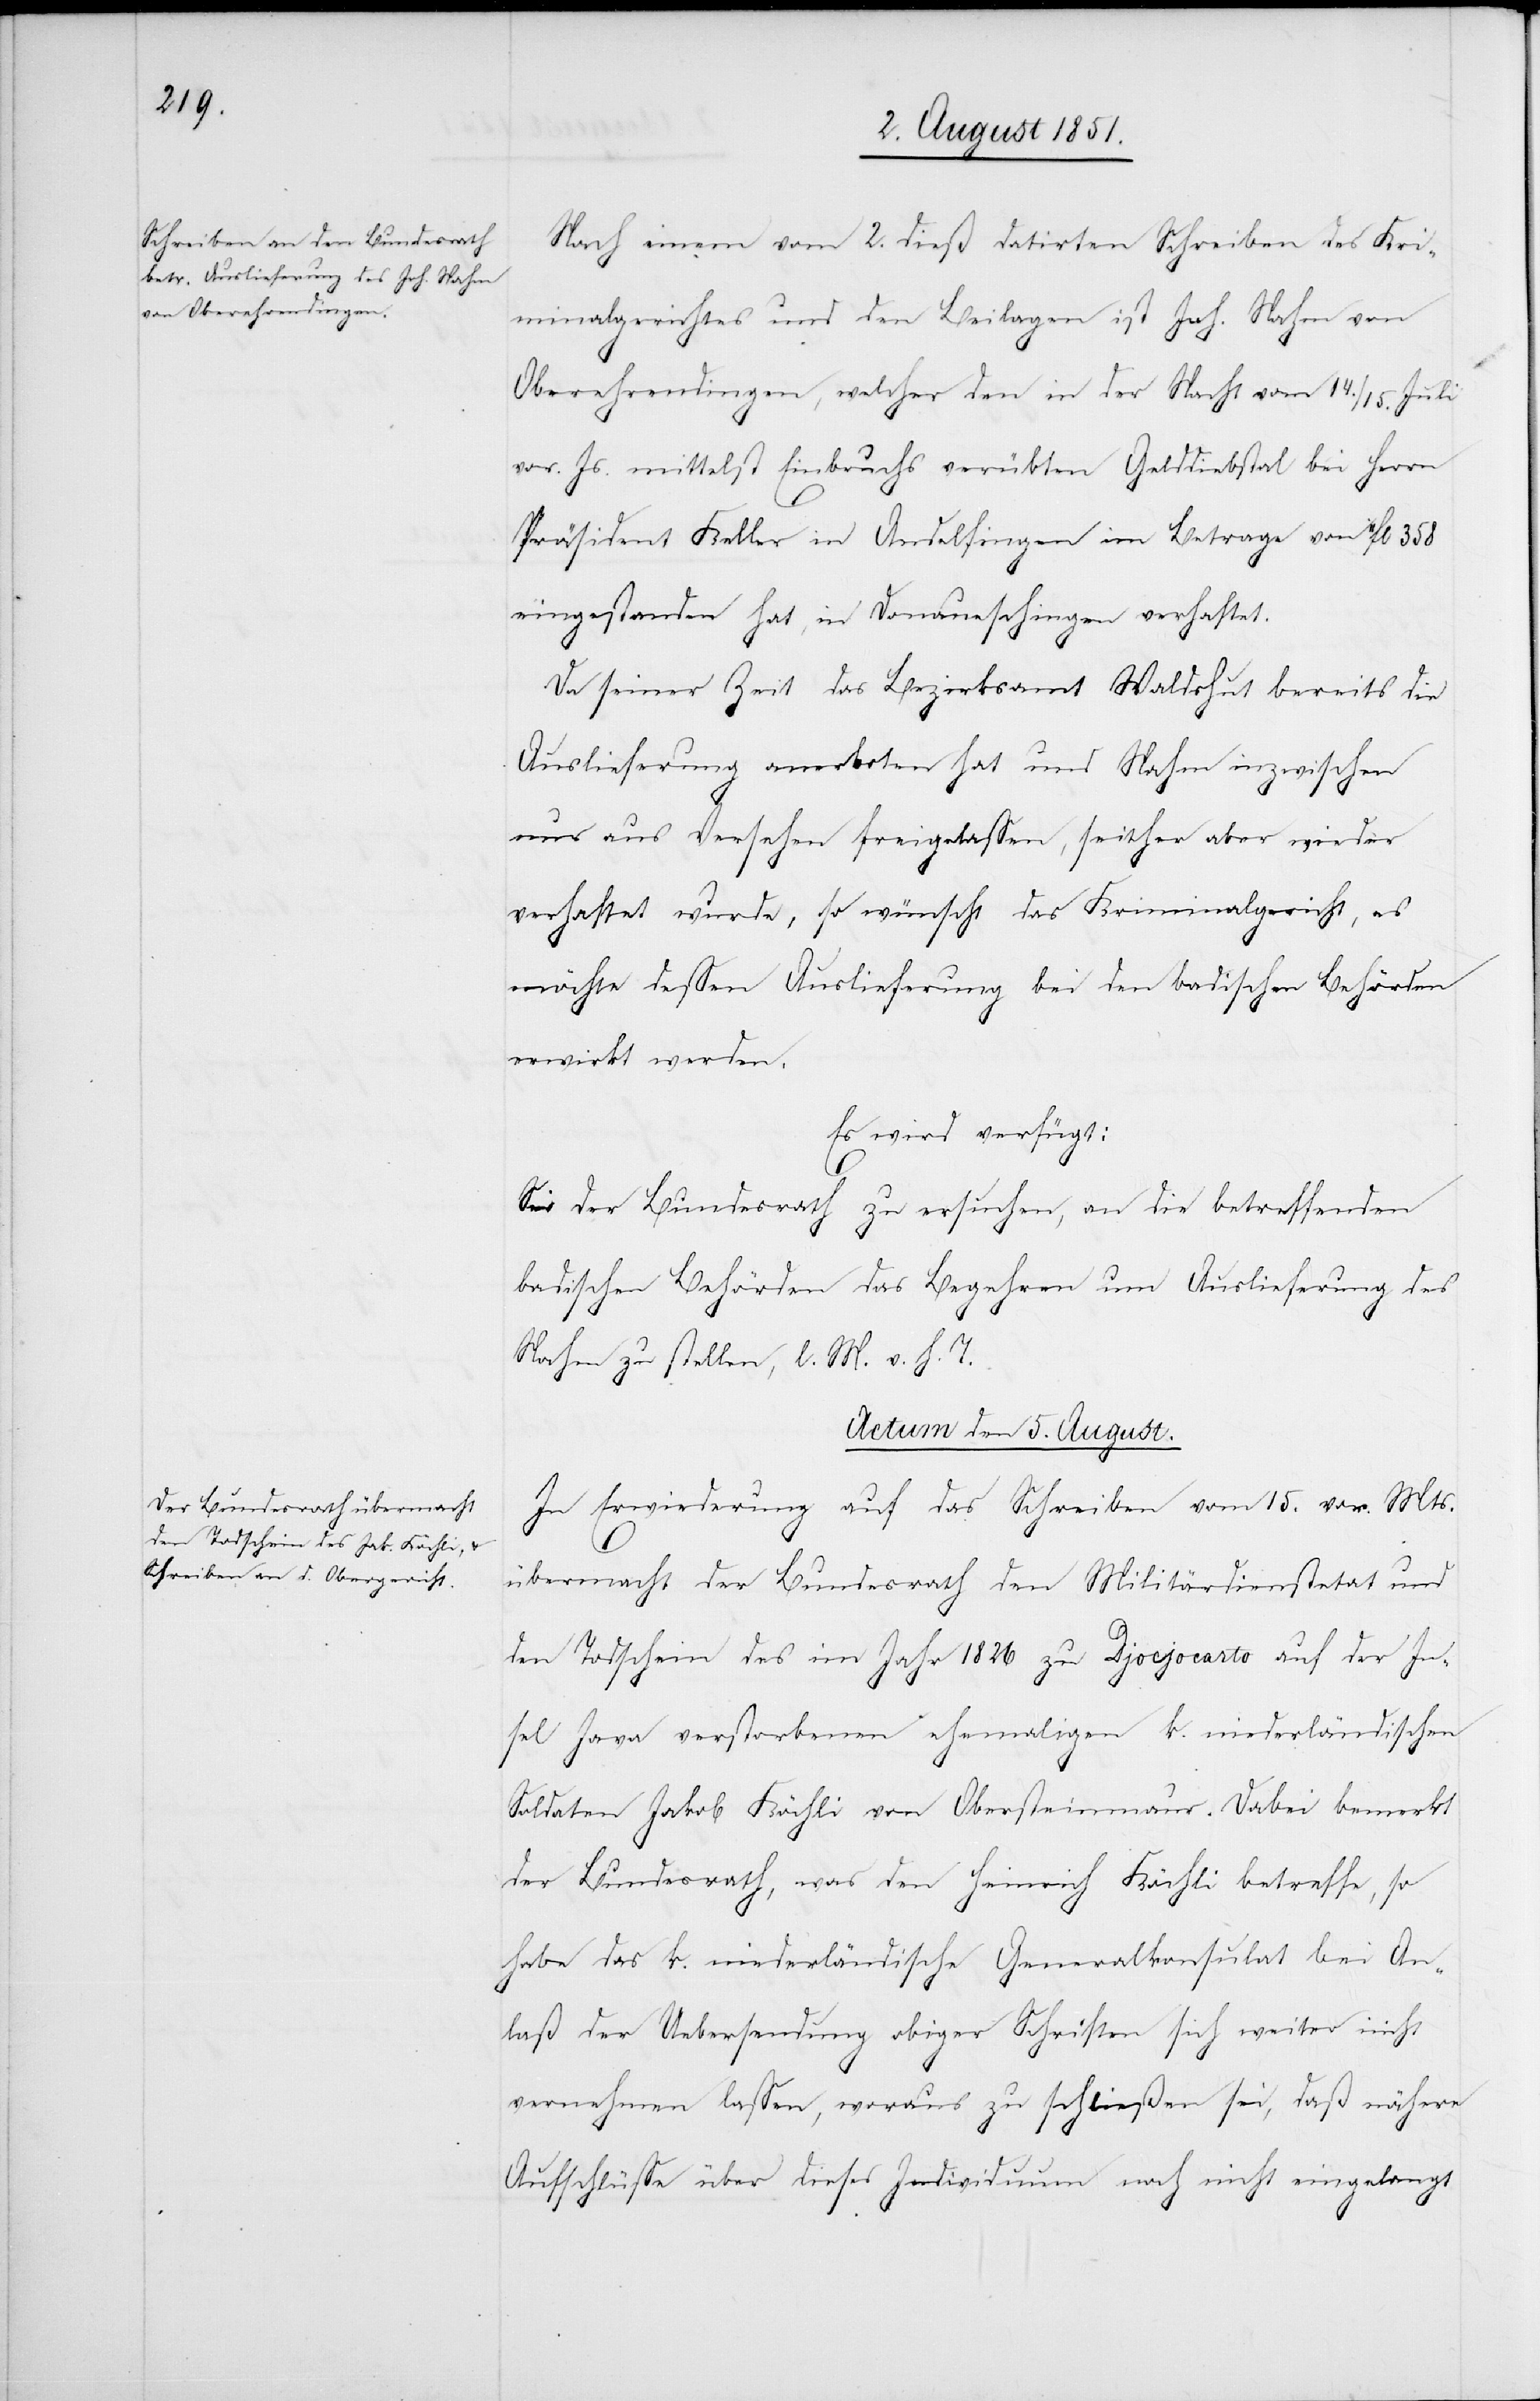
Nach einem vom 2. dieß datirten Schreiben des Kri¬
minalgerichtes und den Beilagen ist Joh. Nahm von
Oberehrendingen, welcher den in der Nacht vom 14./15. Juli
vor. Js. mittelst Einbruchs verübten Gelddiebstal bei Herrn
Präsident Keller in Andelfingen im Betrage von 11fl 358
eingestanden hat, in Donaueschingen verhaftet.
Da seiner Zeit das Bezirksamt Waldshut bereits die
Auslieferung anerboten hat und Nahm inzwischen
nur aus Versehen freigelassen, seither aber wieder
verhaftet wurde, so wünscht das Kriminalgericht, es
möchte dessen Auslieferung bei den badischen Behörden
erwirkt werden.
Es wird verfügt:
Sei der Bundesrath zu ersuchen, an die betreffenden
badischen Behörden das Begehren um Auslieferung des
Nahm zu stellen, l. M. v. h. T.
Actum den 5. August.
In Erwiederung auf das Schreiben vom 15. vor. Mts.
übermacht der Bundesrath den Militärdienstetat und
den Todschein des im Jahr 1826 zu Djocjocarto auf der In¬
sel Java verstorbenen ehemaligen k. niederländischen
Soldaten Jakob Köchli von Obersteinmaur. Dabei bemerkt
der Bundesrath, was den Heinrich Köchli betreffe, so
habe das k. niederländische Generalkonsulat bei An¬
laß der Uebersendung obiger Schriften sich weiter nicht
vernehmen lassen, woraus zu schließen sei, daß nähere
Aufschlüsse über dieses Individuum noch nicht eingelangt